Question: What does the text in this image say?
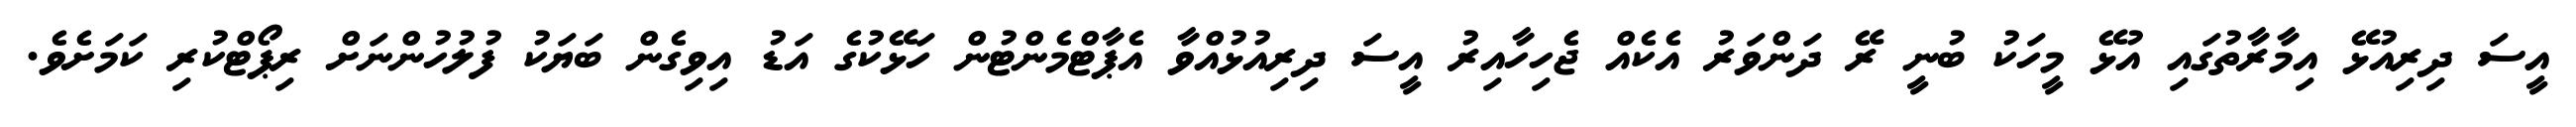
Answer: އީސަ ދިރިއުޅޭ އިމާރާތުގައި އުޅޭ މީހަކު ބުނީ ރޭ ދަންވަރު އެކެއް ޖެހިހާއިރު އީސަ ދިރިއުޅުއްވާ އެޕާޓްމެންޓުން ހަޅޭކުގެ އަޑު އިވިގެން ބަޔަކު ފުލުހުންނަށް ރިޕޯޓްކުރި ކަމަށެވެ.